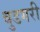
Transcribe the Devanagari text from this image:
बुडगरी